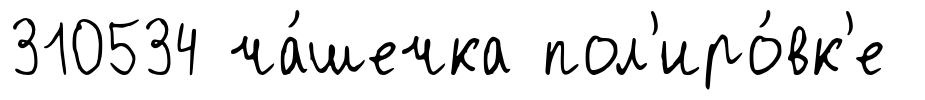
310534 ча́шечка пол'иро́вк'е